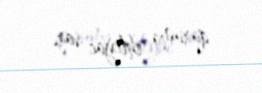
quruma ehtiyac var.